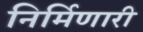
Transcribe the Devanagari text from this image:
निर्मिणारी